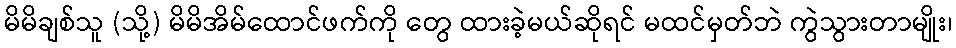
မိမိချစ်သူ (သို့) မိမိအိမ်ထောင်ဖက်ကို တွေ ထားခဲ့မယ်ဆိုရင် မထင်မှတ်ဘဲ ကွဲသွားတာမျိုး၊